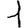
Digit: 1